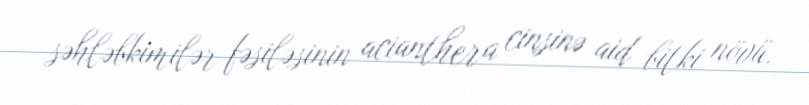
səhləbkimilər fəsiləsinin acianthera cinsinə aid bitki növü.